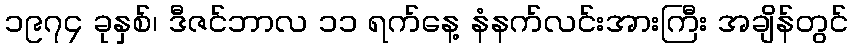
၁၉၇၄ ခုနှစ်၊ ဒီဇင်ဘာလ ၁၁ ရက်နေ့ နံနက်လင်းအားကြီး အချိန်တွင်